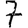
Digit: 7